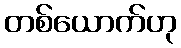
တစ်ယောက်ဟု